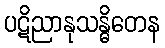
ပဋိညာနုသန္ဓိတေန